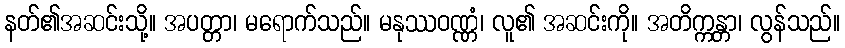
နတ်၏အဆင်းသို့။ အပတ္တာ၊ မရောက်သည်။ မနုဿဝဏ္ဏံ၊ လူ၏ အဆင်းကို။ အတိက္ကန္တာ၊ လွန်သည်။